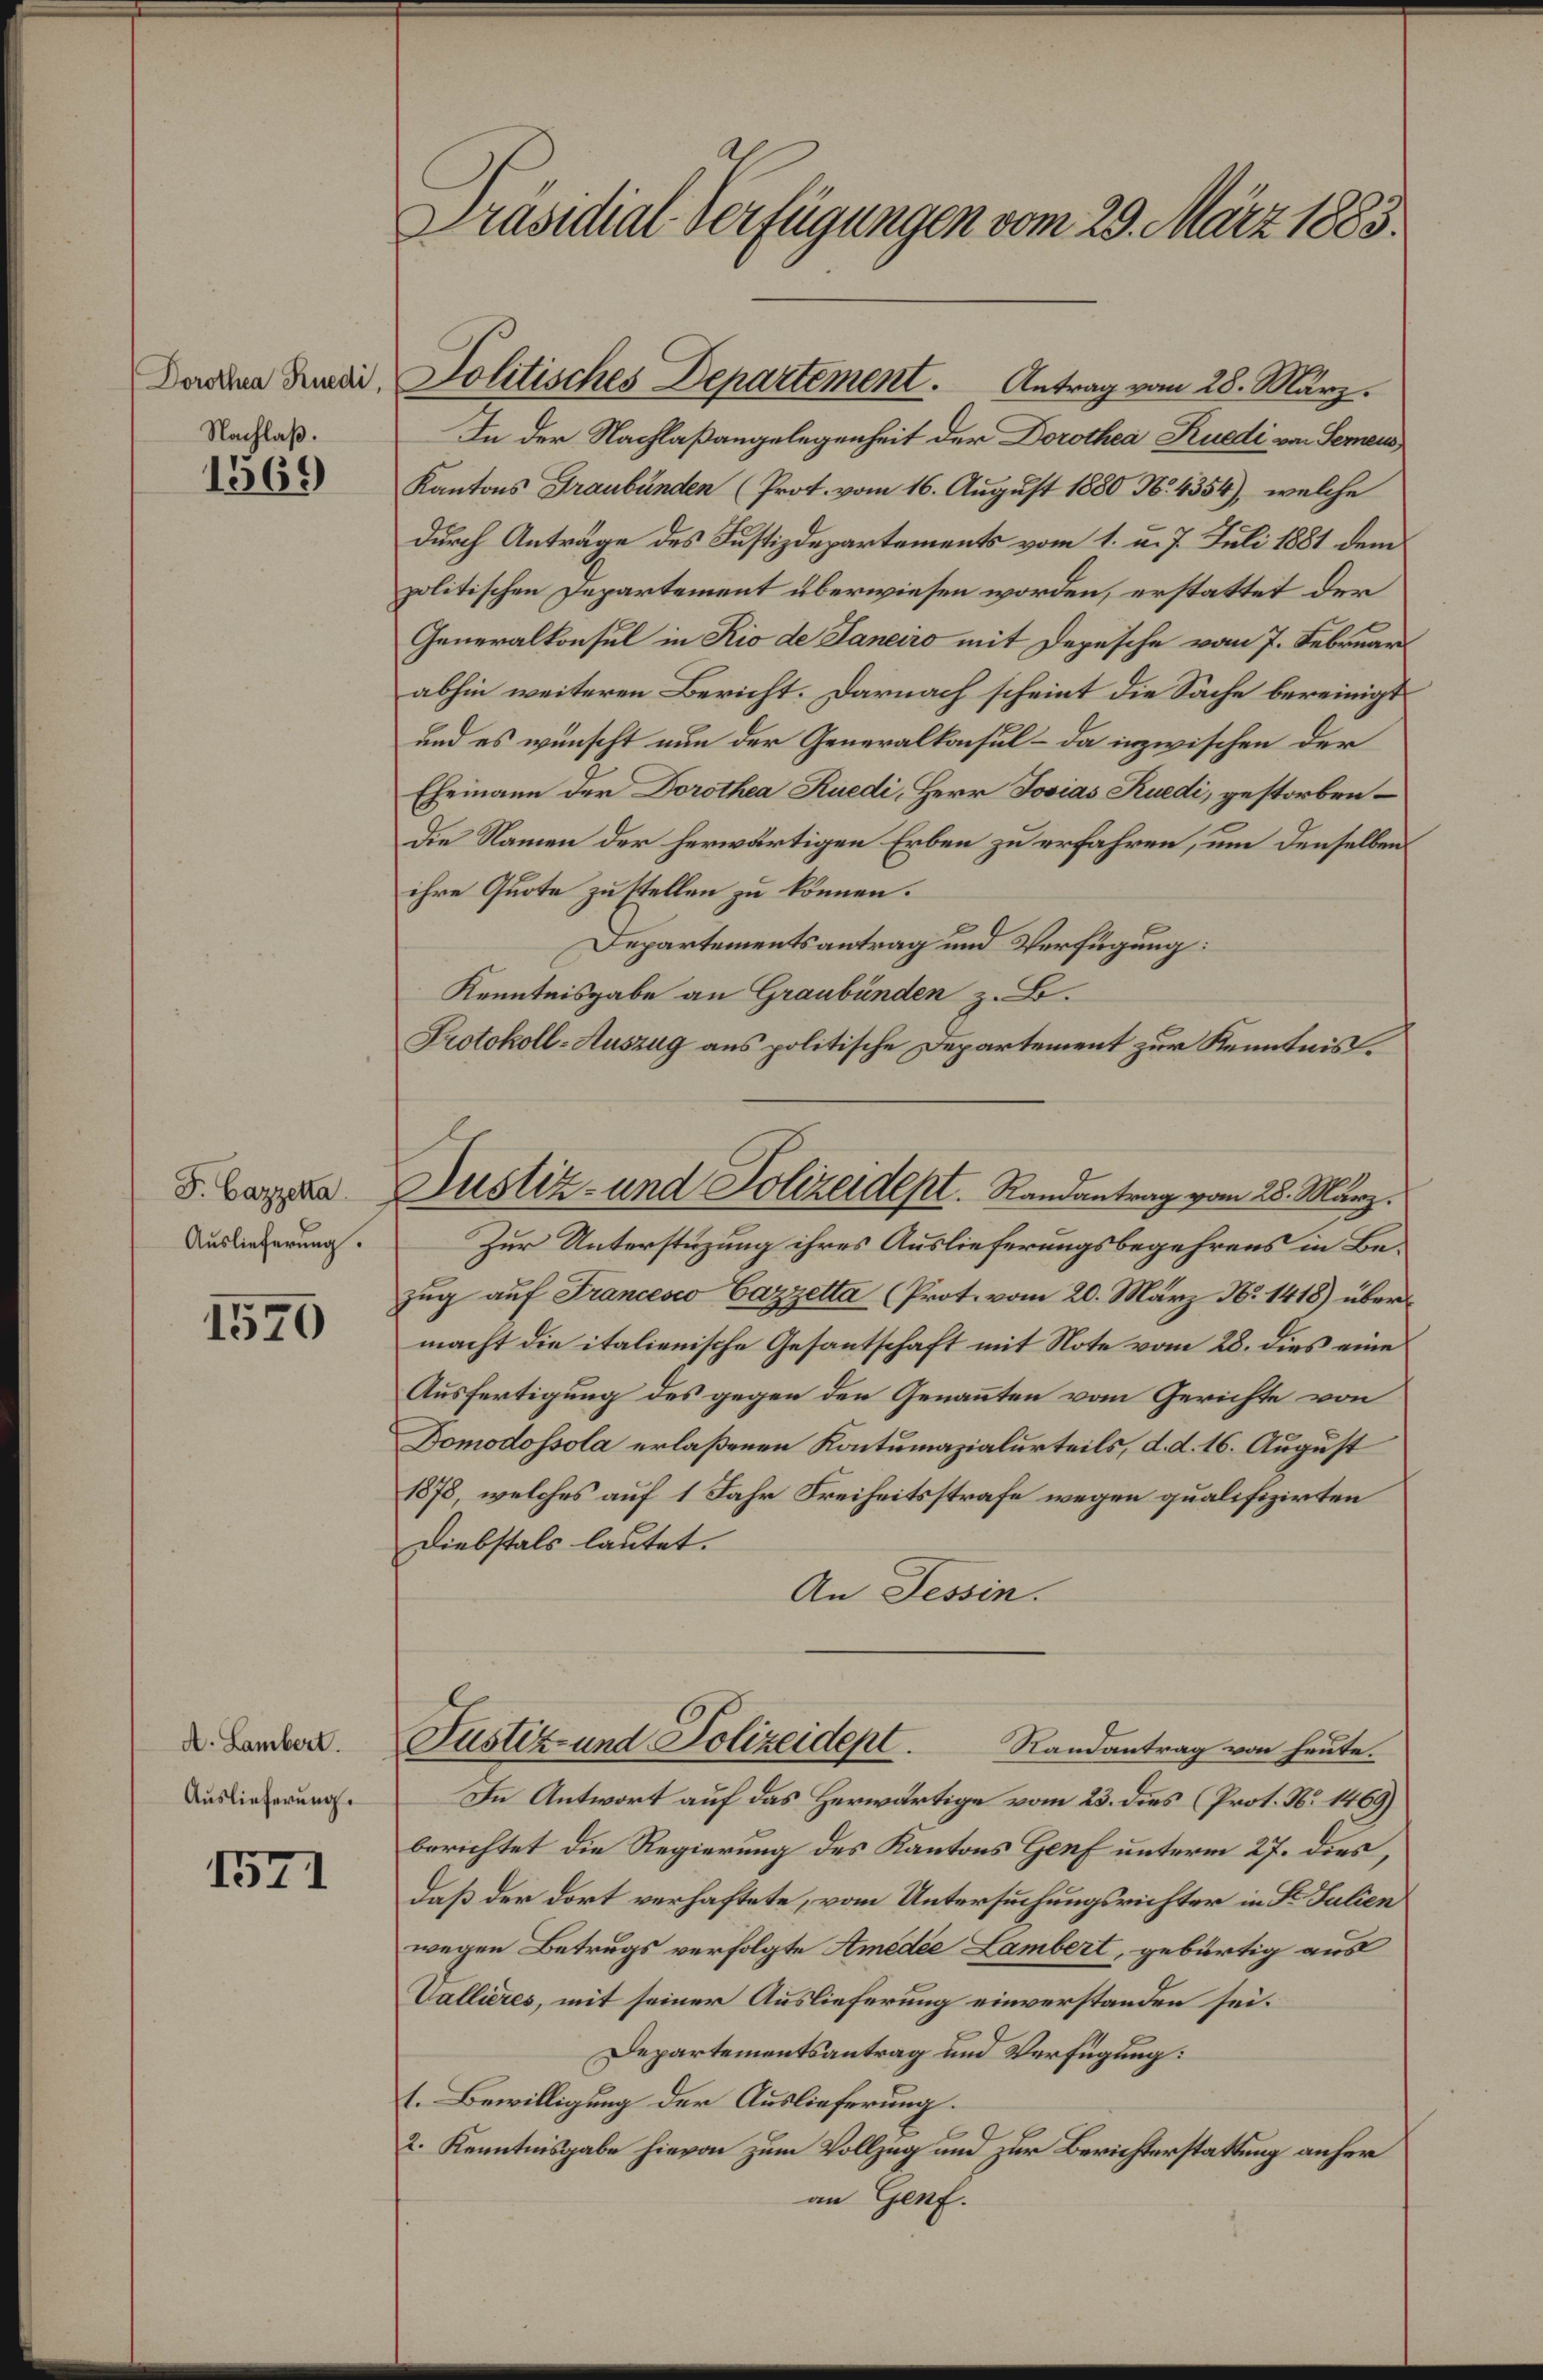
Dorothea Rüedi,
Nachlaß.

1569

F. Cazzetta
Auslieferung.

1570

A. Lambert.
Auslieferung.

1521

Präsidial-Verfügungen vom 29. März 1883.

In der Nachlaßangelegenheit der Dorothea Ruedi von Semess
Kantons Graubünden (Prot. vom 16. August 1880 N. 4354), welche
durch Anträge des Justizdepartements vom 1. u. 7. Juli 1881 dem
politischen Departement überwiesen worden, erstattet der
Generalkonsul in Rio de Janeiro mit Depesche vom 7. Februar
abhin weiteren Bericht. Darnach scheint die Sache bereinigt
und es wünscht nun der Generalkonsul – da inzwischen der
Ehemann der Dorothea Rüedi, Herr Josias Kuedi, gestorben¬
Die Namen der herwärtigen Erben zu erfahren, um denselben
ihre Quote zu stellen zu können.
Departementsantrag und Verfügung:
Kenntnisgabe an Graubünden z. B.
Protokoll-Auszug aus politische Departement zur Kenntnis.
Zur Unterstüzung ihres Auslieferungsbegehrens in Bezug auf Francesco Cazzetta (Prot. vom 20. März N. 1418) über
macht die italienische Gesantschaft mit Note vom 28. dies eine
Ausfertigung des gegen den Genannten vom Gerichte von
Domodossola erlaßenen Kontumazialurteils, d. d. 16. August
1878, welches auf 1 Jahr Freiheitsstrafe wegen qualifizirten
Diebstals lautet.
An Tessin.
Justiz- und Polizeidept. Randantrag von heute.
In Antwort auf das Herwärtige vom 23. dies (Prot. No 1469)
berichtet die Regierung des Kantons Genf unterm 27. dies,
daß der dort verhaftete, vom Untersuchungsrichter in Fr. Julien
wegen Betrugs verfolgte Amedee Lambert, gebürtig aus
Vallieres, mit seiner Auslieferung einverstanden sei.
Departementsantrag und Verfügung:
1. Bewilligung der Auslieferung.
2. Kenntnisgabe hievon zum Vollzug und zur Berichterstattung anher
an Genf.

Politisches Departement. Antrag vom 28. März.

Justiz- und Polizeidept. Randantrag vom 28. März.